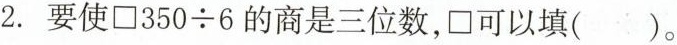
2.要使$$\Box 3 5 0 \div 6$$的商是三位数，\Box可以填()。